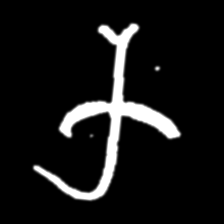
Pyu character \u2014 Myanmar letter: က (romanized: ka)